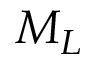
M _ { L }